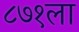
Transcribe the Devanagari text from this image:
८७१ला